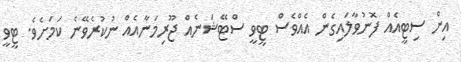
އިން ސިޓީއެއް ފޮނުވާލައިގެން އެއްވެސް ޓީވީ ސްޓޭޝަނެއް ޖޫރިމަނާއެއް ނުކުރެވޭނެ ކަމަށެވެ. ޓީވީ